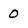
Character: 0